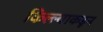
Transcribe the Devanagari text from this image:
किल्ल्याकडून